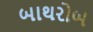
બાથરોબ